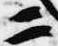
二